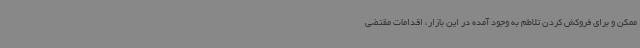
ممکن و برای فروکش کردن تلاطم به وجود آمده در این بازار، اقدامات مقتضی